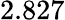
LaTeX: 2.827